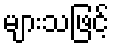
များသဖြင့်